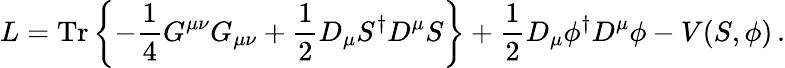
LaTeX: L=\mathrm{Tr}\left\{ -\frac{1}{4}G^{\mu\nu}G_{\mu\nu}+\frac{1}{2}D_{\mu}S^{\dagger}D^{\mu}S\right\} +\frac{1}{2}D_{\mu}\phi^{\dagger}D^{\mu}\phi-V(S,\phi)\, .